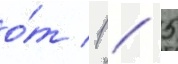
о́т 1 / 5